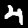
Digit: 4